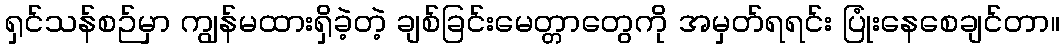
ရှင်သန်စဉ်မှာ ကျွန်မထားရှိခဲ့တဲ့ ချစ်ခြင်းမေတ္တာတွေကို အမှတ်ရရင်း ပြုံးနေစေချင်တာ။